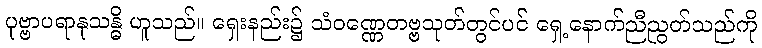
ပုဗ္ဗာပရာနုသန္ဓိ ဟူသည်။ ရှေးနည်း၌ သံဝဏ္ဏေတဗ္ဗသုတ်တွင်ပင် ရှေ့နောက်ညီညွတ်သည်ကို